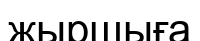
жыршыға